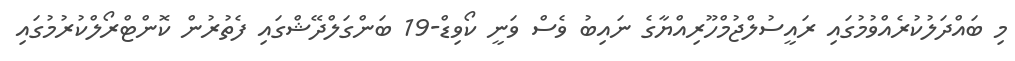
މި ބައްދަލުކުރެއްވުމުގައި ރައީސުލްޖުމްހޫރިއްޔާގެ ނައިބު ވެސް ވަނީ ކޯވިޑް-19 ބަންގަލްދޭޝްގައި ފެތުރުން ކޮންޓްރޯލްކުރުމުގައި